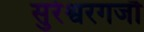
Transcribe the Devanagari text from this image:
सुरेश्वरगजौ